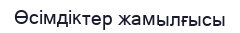
Өсімдіктер жамылғысы